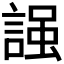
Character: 𧪎